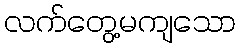
လက်တွေ့မကျသော